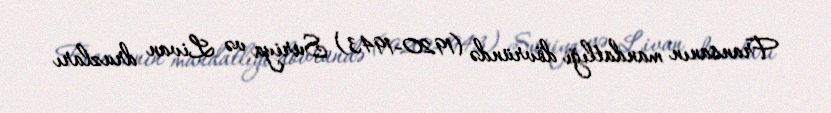
Fransanın mandatlığı dövründə (1920-1943) Suriya və Livan druzları